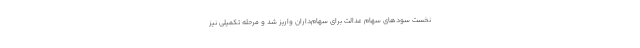
نخست سودهای سهام عدالت برای سهام‌داران واریز شد و مرحله تکمیلی نیز